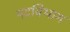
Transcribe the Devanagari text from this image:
पदविभाग